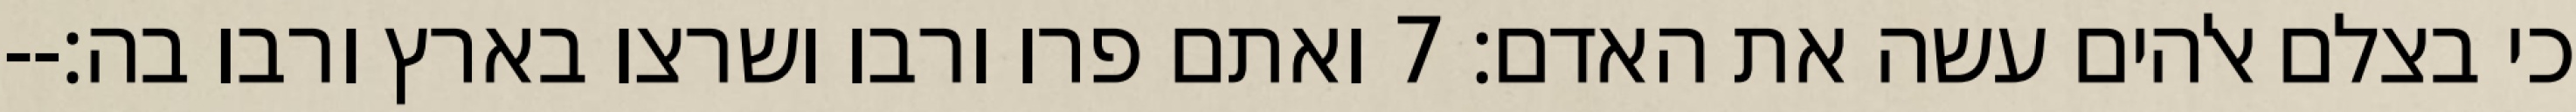
כי בצלם אלהים עשה את האדם׃ ‎7‏ ואתם פרו ורבו ושרצו בארץ ורבו בה׃--